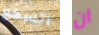
اتسكع ان